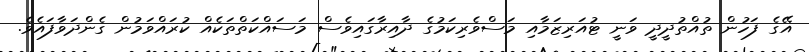
އޭގެ ފަހުން ތުއްތުދީދީ ވަނީ ޓުއަރިޒަމާއި މަސްވެރިކަމުގެ ދާއިރާގައިވެސް މަސައްކަތްތަކެއް ކުރައްވަމުން ގެންދަވާފައެވެ.